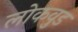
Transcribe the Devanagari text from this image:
लोकवुड